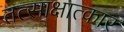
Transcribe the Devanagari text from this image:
तत्साक्षात्कार